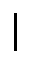
\vert